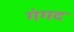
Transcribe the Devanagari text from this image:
गंगद